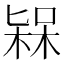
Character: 𣕷